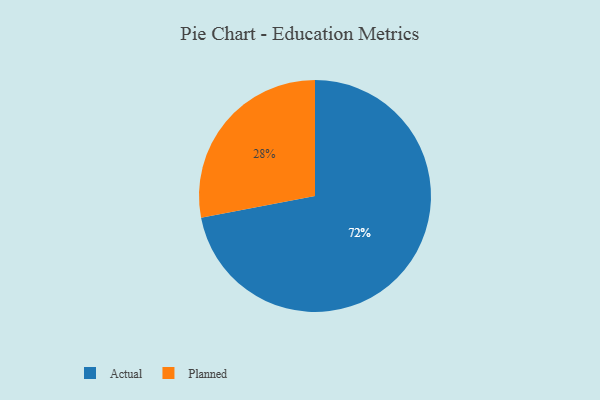
{"axis": {"x": "Category", "y": "Percentage"}, "legend": ["Actual", "Planned"], "data": [{"x": "Planned", "y": 28, "type": "Planned"}, {"x": "Actual", "y": 72, "type": "Actual"}]}